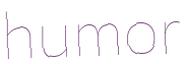
humor